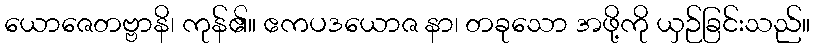
ယောဇေတဗ္ဗာနိ၊ ကုန်၏။ ဧကပဒယောဇ နာ၊ တခုသော အဖို့ကို ယှဉ်ခြင်းသည်။